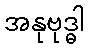
အနုဗုဒ္ဓါ